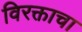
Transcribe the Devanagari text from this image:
विरक्ताचा